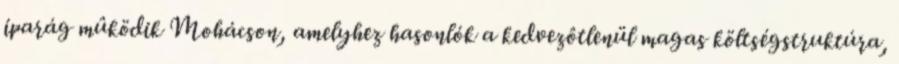
iparág mûködik Mohácson, amelyhez hasonlók a kedvezôtlenül magas költségstruktúra,